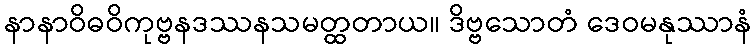
နာနာဝိဓဝိကုဗ္ဗနဒဿနသမတ္ထတာယ။ ဒိဗ္ဗသောတံ ဒေဝမနုဿာနံ